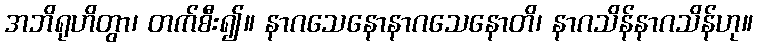
အဘိရုဟိတွာ၊ တက်စီး၍။ နာဂသေနောနာဂသေနောတိ၊ နာဂသိန်နာဂသိန်ဟု။